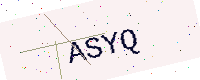
Text: ASYQ